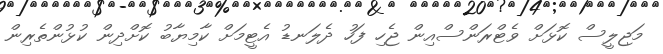
މަޖިލީސް ކޮޅަށް ވެޓްރަންސްއިން ޖެހި ފަހު ދެލަނޑު އެޓީމަށް ކާމިޔާބު ކޮށްދިން ކުޅުންތެރިން